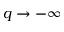
q \to - \infty